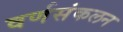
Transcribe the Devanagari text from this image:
वर्णसंकलन